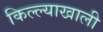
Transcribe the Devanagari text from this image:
किल्ल्याखाली